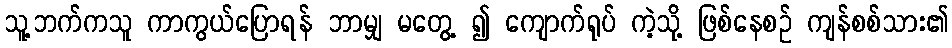
သူ့ဘက်ကသူ ကာကွယ်ပြောရန် ဘာမျှ မတွေ့ ၍ ကျောက်ရုပ် ကဲ့သို့ ဖြစ်နေစဉ် ကျန်စစ်သား၏